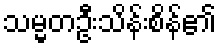
သမ္မတဦးသိန်းစိန်၏